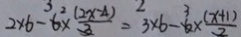
2 \times 6 - 3 \times \frac { ( 2 x - 4 ) } { 3 } = 3 \times 6 - 3 \times \frac { ( x + 1 ) } { 2 }